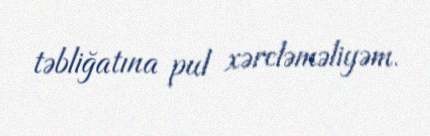
təbliğatına pul xərcləməliyəm.